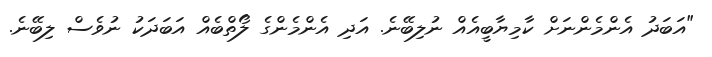
"އަބަދު އެންމެންނަށް ކާމިޔާބީއެއް ނުލިބޭނެ. އަދި އެންމެންގެ ލޯތްބެއް އަބަދަކު ނުވެސް ލިބޭނެ.